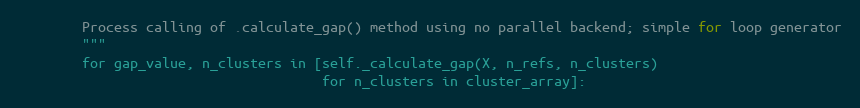
Language: Python
        Process calling of .calculate_gap() method using no parallel backend; simple for loop generator
        """
        for gap_value, n_clusters in [self._calculate_gap(X, n_refs, n_clusters)
                                      for n_clusters in cluster_array]: